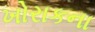
ખોરાકના